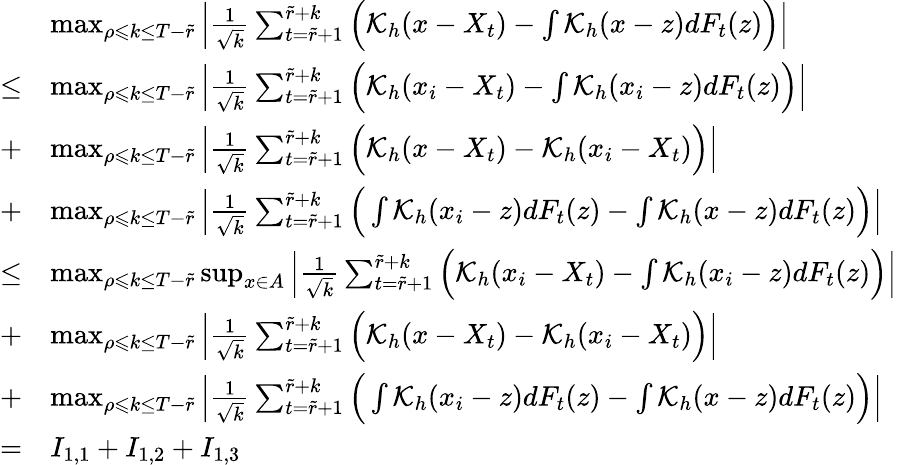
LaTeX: \begin{array}{rl}&{\operatorname*{max}_{\rho\leqslant k\leq T-\widetilde{r}}\Big|\frac{1}{\sqrt{k}}\sum_{t=\widetilde{r}+1}^{\widetilde{r}+k}\Big(\mathcal{K}_{h}(x-X_{t})-\int\mathcal{K}_{h}(x-z)dF_{t}(z)\Big)\Big|}\\ {\le}&{\operatorname*{max}_{\rho\leqslant k\leq T-\widetilde{r}}\Big|\frac{1}{\sqrt{k}}\sum_{t=\widetilde{r}+1}^{\widetilde{r}+k}\Big(\mathcal{K}_{h}(x_{i}-X_{t})-\int\mathcal{K}_{h}(x_{i}-z)dF_{t}(z)\Big)\Big|}\\ {+}&{\operatorname*{max}_{\rho\leqslant k\leq T-\widetilde{r}}\Big|\frac{1}{\sqrt{k}}\sum_{t=\widetilde{r}+1}^{\widetilde{r}+k}\Big(\mathcal{K}_{h}(x-X_{t})-\mathcal{K}_{h}(x_{i}-X_{t})\Big)\Big|}\\ {+}&{\operatorname*{max}_{\rho\leqslant k\leq T-\widetilde{r}}\Big|\frac{1}{\sqrt{k}}\sum_{t=\widetilde{r}+1}^{\widetilde{r}+k}\Big(\int\mathcal{K}_{h}(x_{i}-z)dF_{t}(z)-\int\mathcal{K}_{h}(x-z)dF_{t}(z)\Big)\Big|}\\ {\le}&{\operatorname*{max}_{\rho\leqslant k\leq T-\widetilde{r}}\operatorname*{sup}_{x\in A}\Big|\frac{1}{\sqrt{k}}\sum_{t=\widetilde{r}+1}^{\widetilde{r}+k}\Big(\mathcal{K}_{h}(x_{i}-X_{t})-\int\mathcal{K}_{h}(x_{i}-z)dF_{t}(z)\Big)\Big|}\\ {+}&{\operatorname*{max}_{\rho\leqslant k\leq T-\widetilde{r}}\Big|\frac{1}{\sqrt{k}}\sum_{t=\widetilde{r}+1}^{\widetilde{r}+k}\Big(\mathcal{K}_{h}(x-X_{t})-\mathcal{K}_{h}(x_{i}-X_{t})\Big)\Big|}\\ {+}&{\operatorname*{max}_{\rho\leqslant k\leq T-\widetilde{r}}\Big|\frac{1}{\sqrt{k}}\sum_{t=\widetilde{r}+1}^{\widetilde{r}+k}\Big(\int\mathcal{K}_{h}(x_{i}-z)dF_{t}(z)-\int\mathcal{K}_{h}(x-z)dF_{t}(z)\Big)\Big|}\\ {=}&{I_{1,1}+I_{1,2}+I_{1,3}}\end{array}